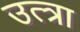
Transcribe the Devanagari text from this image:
उत्त्रा